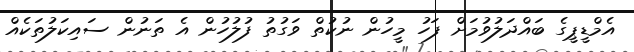
އެމްޑީޕީގެ ބައްދަލުވުމަށް ފަހު މީހުން ނުކުތް ވަގުތު ފުލުހުން އެ ތަނުން ސައިކަލުތަކެއް